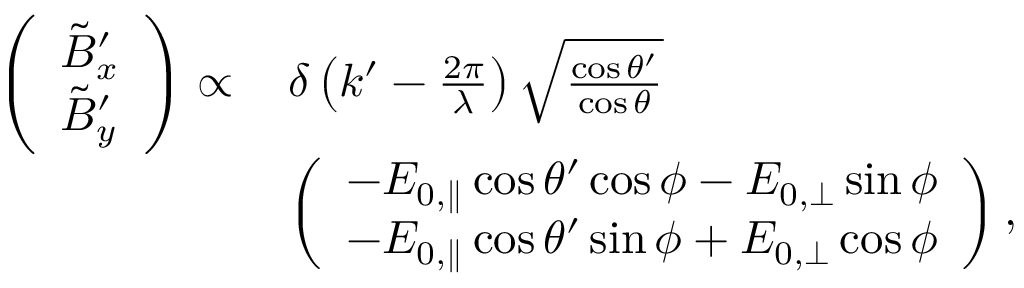
\begin{array} { r l } { \left( \begin{array} { l } { \tilde { B } _ { x } ^ { \prime } } \\ { \tilde { B } _ { y } ^ { \prime } } \end{array} \right) \propto \, } & { \delta \left( k ^ { \prime } - \frac { 2 \pi } { \lambda } \right) \sqrt { \frac { \cos \theta ^ { \prime } } { \cos \theta } } } \\ & { \left( \begin{array} { l } { - E _ { 0 , \parallel } \cos \theta ^ { \prime } \cos \phi - E _ { 0 , \perp } \sin \phi } \\ { - E _ { 0 , \parallel } \cos \theta ^ { \prime } \sin \phi + E _ { 0 , \perp } \cos \phi } \end{array} \right) , } \end{array}